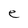
Character: e